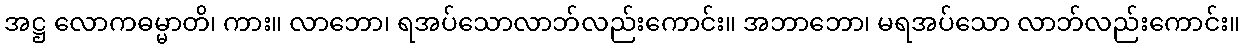
အဋ္ဌ လောကဓမ္မာတိ၊ ကား။ လာဘော၊ ရအပ်သောလာဘ်လည်းကောင်း။ အဘာဘော၊ မရအပ်သော လာဘ်လည်းကောင်း။